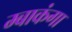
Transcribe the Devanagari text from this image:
म्बाकंगा